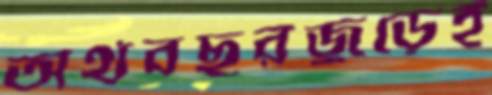
অর্থবছরজুড়েই